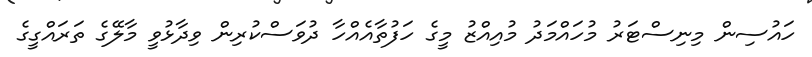
ހައުސިން މިނިސްޓަރު މުހައްމަދު މުއިއްޒު މީގެ ހަފުތާއެއްހާ ދުވަސްކުރިން ވިދާޅުވީ މާލޭގެ ތަަރައްގީގެ